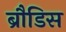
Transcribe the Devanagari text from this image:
ब्रौडिस